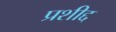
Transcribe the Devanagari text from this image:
प्रशीद्द